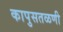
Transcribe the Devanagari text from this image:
कापुसतळणी